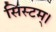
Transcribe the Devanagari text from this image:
सिस्टम्।